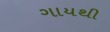
ગાયથી